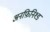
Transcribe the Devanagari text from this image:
अनफ़िनिश्ड